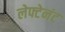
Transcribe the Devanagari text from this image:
लेफ्टेनंट